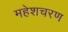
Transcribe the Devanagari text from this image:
महेशचरण